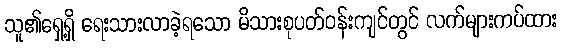
သူ၏ရှေ့ရှိ ရေးသားလာခဲ့ရသော မိသားစုပတ်ဝန်းကျင်တွင် လက်များကပ်ထား